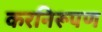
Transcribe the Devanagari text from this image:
करनिरूपण